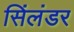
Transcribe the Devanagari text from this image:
सिंलंडर